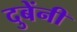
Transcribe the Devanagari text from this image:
दुबेंनी